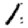
Digit: 1